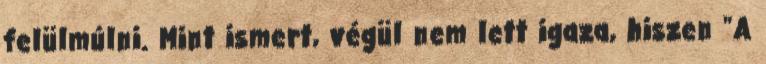
felülmúlni. Mint ismert, végül nem lett igaza, hiszen "A